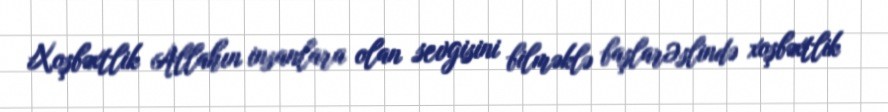
Xoşbəxtlik Allahın insanlara olan sevgisini bilməklə başlarƏslində xoşbəxtlik